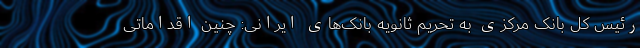
رئیس کل بانک مرکزی به تحریم ثانویه بانک‌های ایرانی: چنین اقداماتی